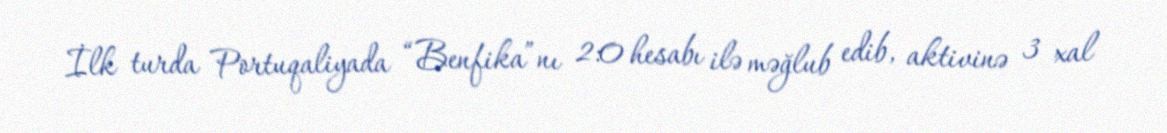
İlk turda Portuqaliyada “Benfika”nı 2:0 hesabı ilə məğlub edib, aktivinə 3 xal